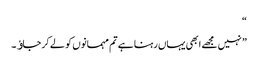
“
” نہیں مجھے ابھی یہاں رہنا ہے تم مہمانوں کو لے کر جاﺅ۔